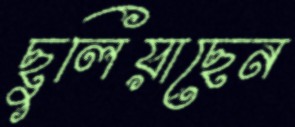
ছুলিয়াছেন